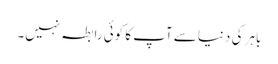
باہر کی دنیا سے آپ کا کوئی رابطہ نہیں۔